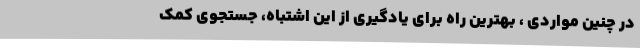
در چنین مواردی ، بهترین راه برای یادگیری از این اشتباه، جستجوی کمک